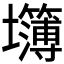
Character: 𰋅